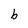
Character: b